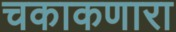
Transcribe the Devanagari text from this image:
चकाकणारा